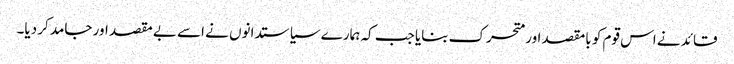
قائد نے اس قوم کو بامقصد اور متحرک بنایا جب کہ ہمارے سیاستدانوں نے اسے بے مقصد اور جامد کر دیا۔